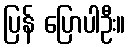
ပြန် ပြောပါဦး။